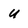
Character: U